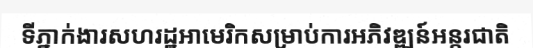
ទីភ្នាក់ងារសហរដ្ឋអាមេរិកសម្រាប់ការអភិវឌ្ឍន៍អន្តរជាតិ